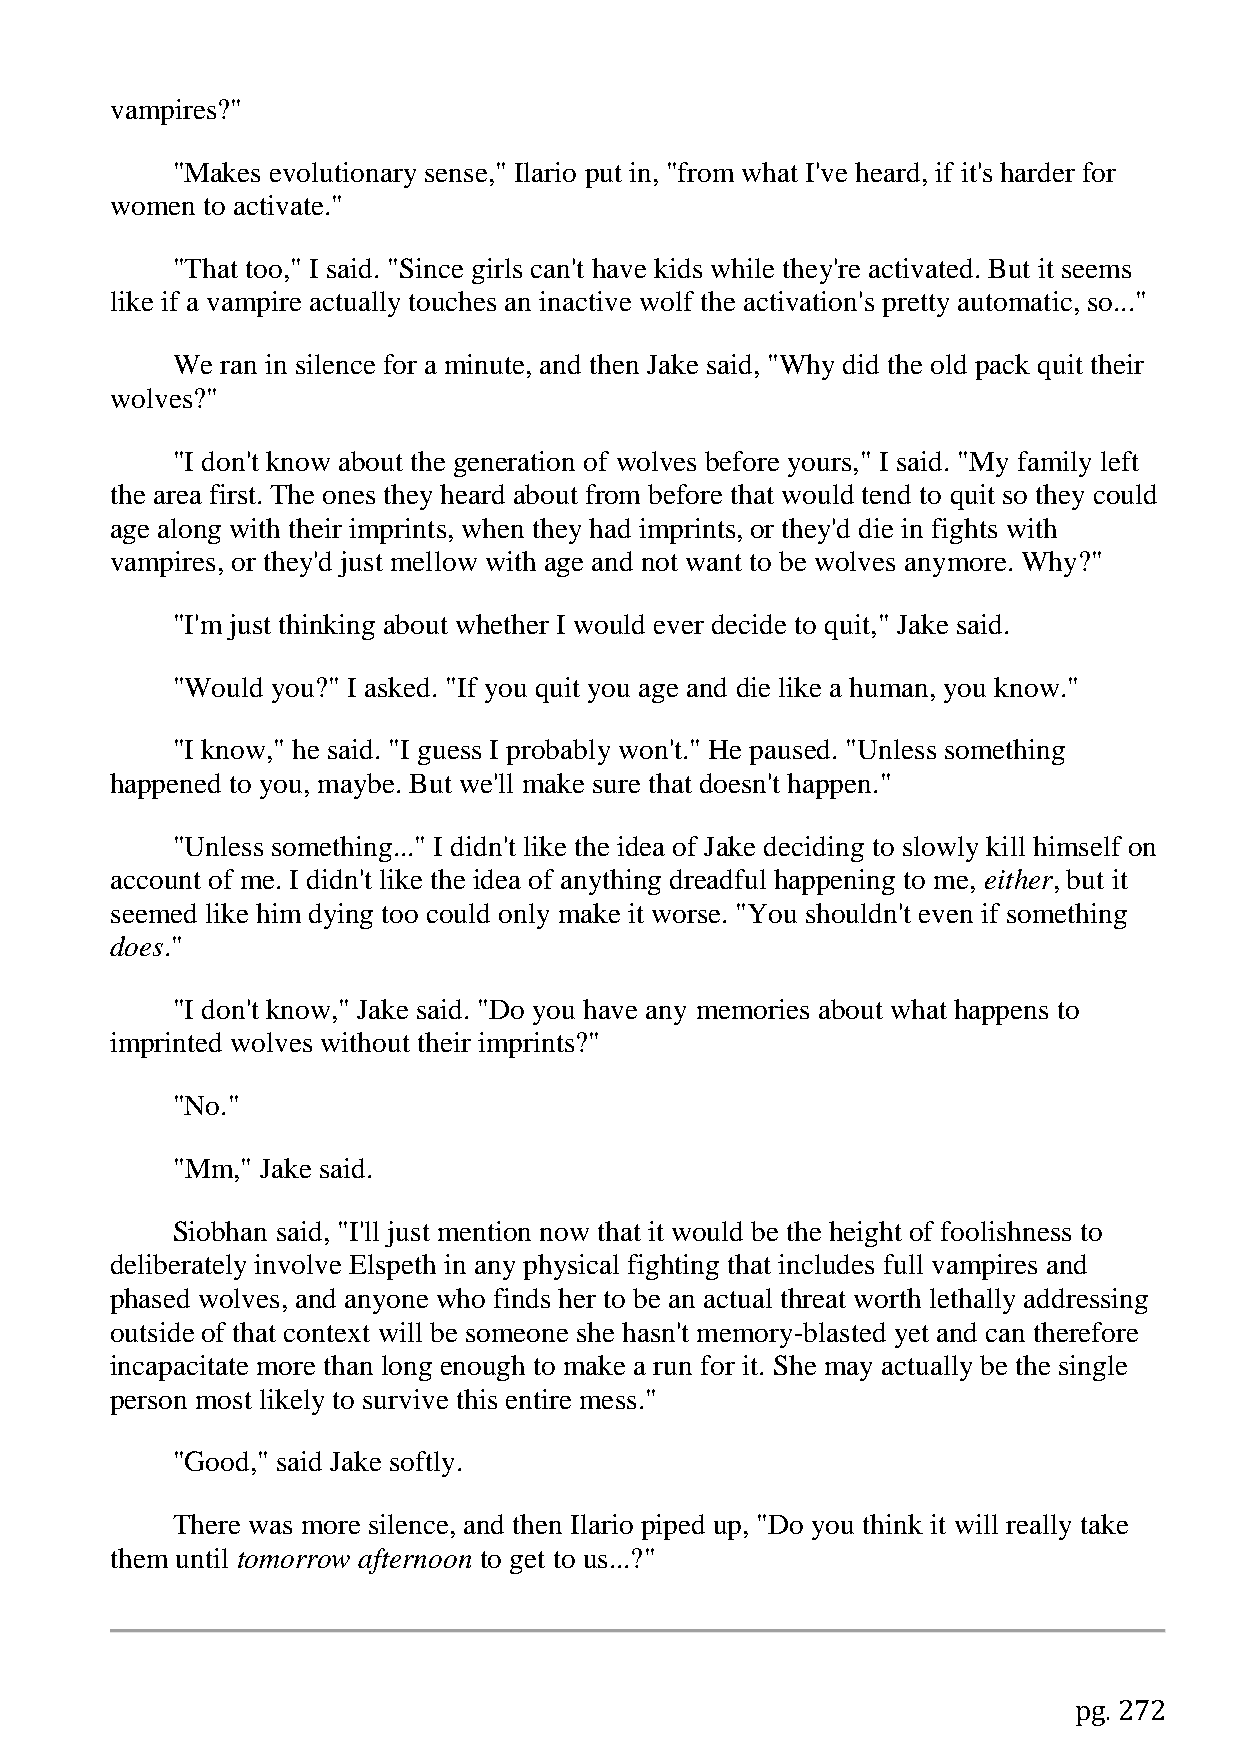
vampires?"
 "Makes evolutionary sense," Ilario put in, "from what I've heard, if it's harder for
 women to activate."
 "That too," I said. "Since girls can't have kids while they're activated. But it seems
 like if a vampire actually touches an inactive wolf the activation's pretty automatic, so..."
 We  ran in silence for a minute, and then Jake said, "Why did the old pack quit their
 wolves?"
 "I don't know about the generation of wolves before yours," I said. "My family left
 the area first. The ones they heard about from before that would tend to quit so they could
 age along with their imprints, when they had imprints, or they'd die in fights with
 vampires, or they'd just mellow with age and not want to be wolves anymore. Why?"
 "I'm just thinking about whether I would ever decide to quit," Jake said.
 "Would you?" I asked. "If you quit you age and die like a human, you know."
 "I know," he said. "I guess I probably won't." He paused. "Unless something
 happened to you, maybe. But we'll make sure that doesn't happen."
 "Unless something..." I didn't like the idea of Jake deciding to slowly kill himself on
 account of me. I didn't like the idea of anything dreadful happening to me, either, but it
 seemed like him dying too could only make it worse. "You shouldn't even if something
 does."
 "I don't know," Jake said. "Do you have any memories about what happens to
 imprinted wolves without their imprints?"
 "No."
 "Mm," Jake said.
 Siobhan said, "I'll just mention now that it would be the height of foolishness to
 deliberately involve Elspeth in any physical fighting that includes full vampires and
 phased wolves, and anyone who finds her to be an actual threat worth lethally addressing
 outside of that context will be someone she hasn't memory-blasted yet and can therefore
 incapacitate more than long enough to make a run for it. She may actually be the single
 person most likely to survive this entire mess."
 "Good," said Jake softly.
 There was more silence, and then Ilario piped up, "Do you think it will really take
 them until tomorrow afternoon to get to us...?"
 pg. 272